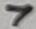
Text: 7